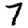
Digit: 7